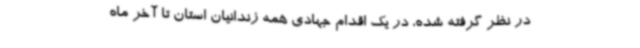
در نظر گرفته شده، در یک اقدام جهادی همه زندانیان استان تا آخر ماه